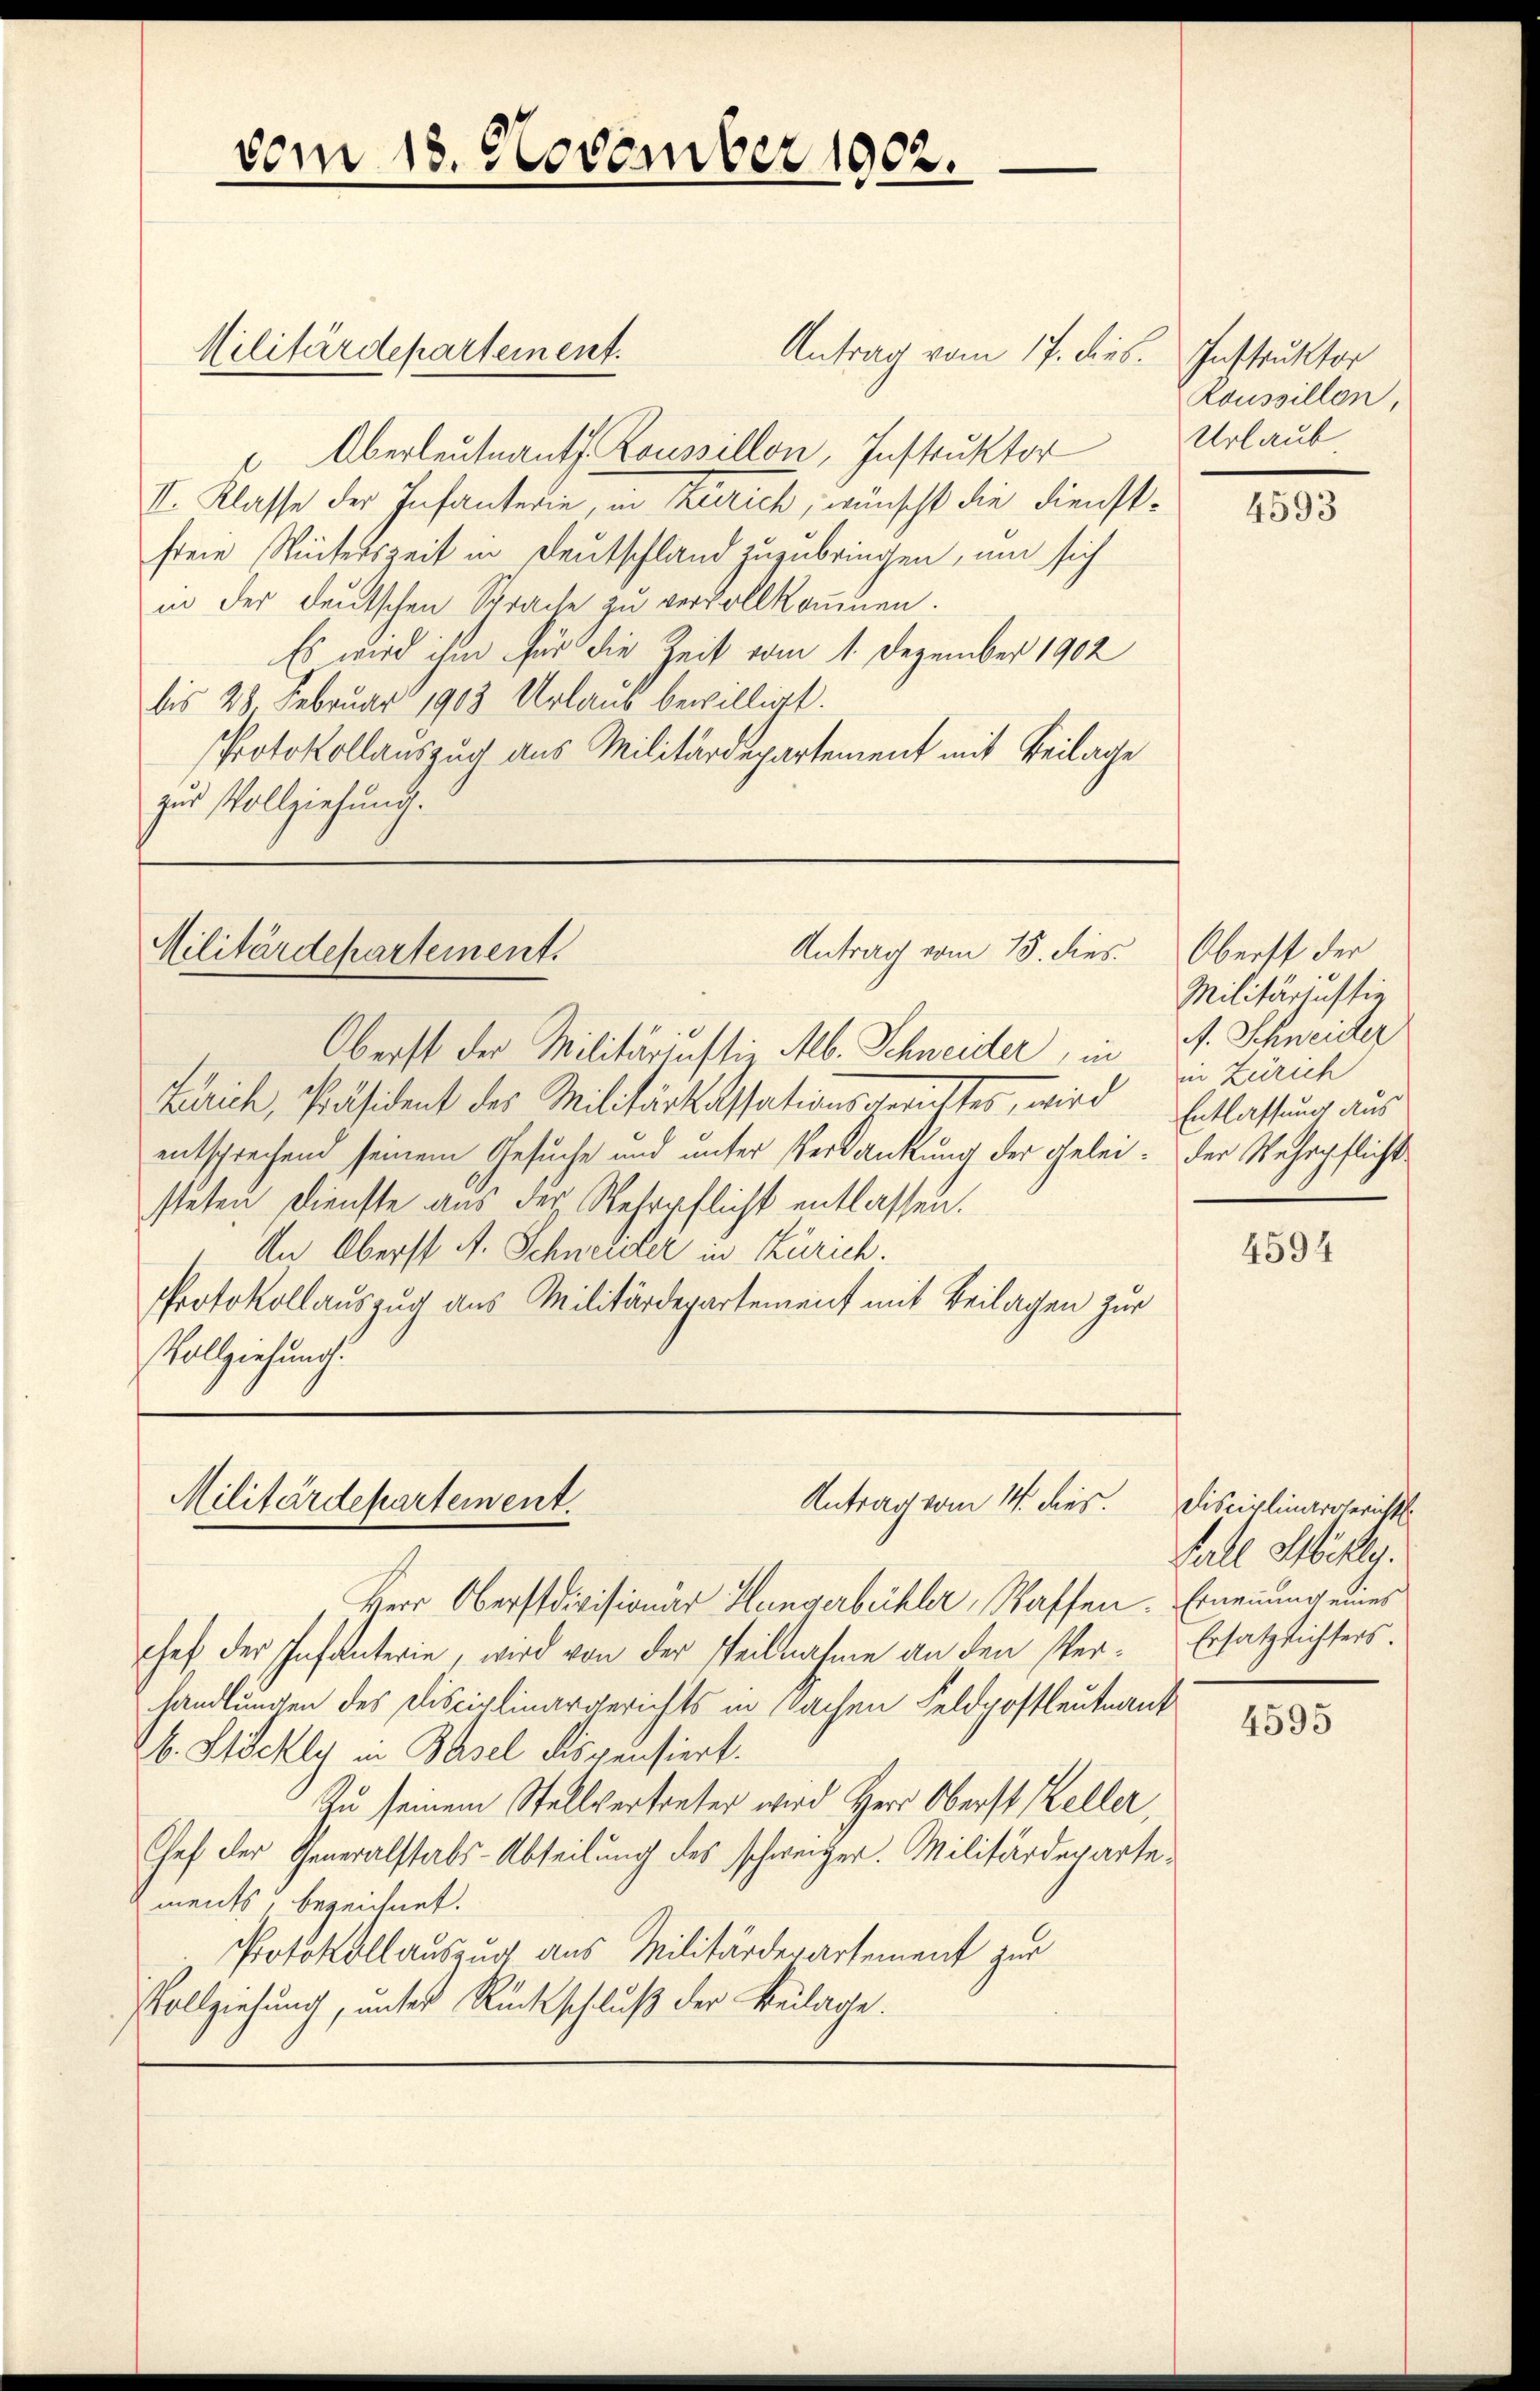
vom 13. November 1902.

Militärdepartement.

Antrag vom 17. dies. Instruktor
Oberleutnant Roussillon, Instruktor
I. Klasse der Infanterie, in Zürich, wünscht die Dienstfreie Winterszeit in Deutschland zuzubringen, um sich
in der deutschen Sprache zu vervollkommen.
Es wird ihm gar die Zeit vom 1. Dezember 1902
bis 28. Februar 1903 Urlaus bewilligt.
Protokollauszug aus Militärdepartement mit Beilage
zur Vollziehung.

Antrag vom 15. dies
Militärdepartement.

Oberst der Militäriustiz Mb. Schneider, in
Zürich, Präsident des Militärkassationsgerichtes, wird
entsprechend seinem Gesuche und unter Verdankung der geleisteten Dienste aus der Wehrpflicht entlassen.
An Oberst A. Schneider in Zürich.
PProtokollauszug aus Militärdepartement mit Beilagen zur
Vollziehung.

Antrag vom 14. dies
Militärdepartement.

Herr Oberstdivisionar Hungerbüchler, Waffen. Ernennung eines
chef der Infanterie, wird von der Teilnahme an den Verhandlungen des Disciplinargerichts in Sachen Feldpostleutnant
A. Höchly in Basel dispensiert.
Zu seinem Stellvertreter wird Herr Oberst Keller,
Chef der Generalstabs-Abteilung des schweizer. Militärdeparte
ments, bezeichnet.
Protokollauszug aus Militärdepartement zur
Vollziehung, unter Rückschluß der Beilage.

Roussillon,
Urlaub

4593

Oberst der
Militärjustig
A. Schweider
in Zürich
Entlassung aus
der Wehrpflicht

4594

Disciplinargerichts
Fall Millig.
Ersatzlichters.

¬

4595